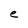
Character: e